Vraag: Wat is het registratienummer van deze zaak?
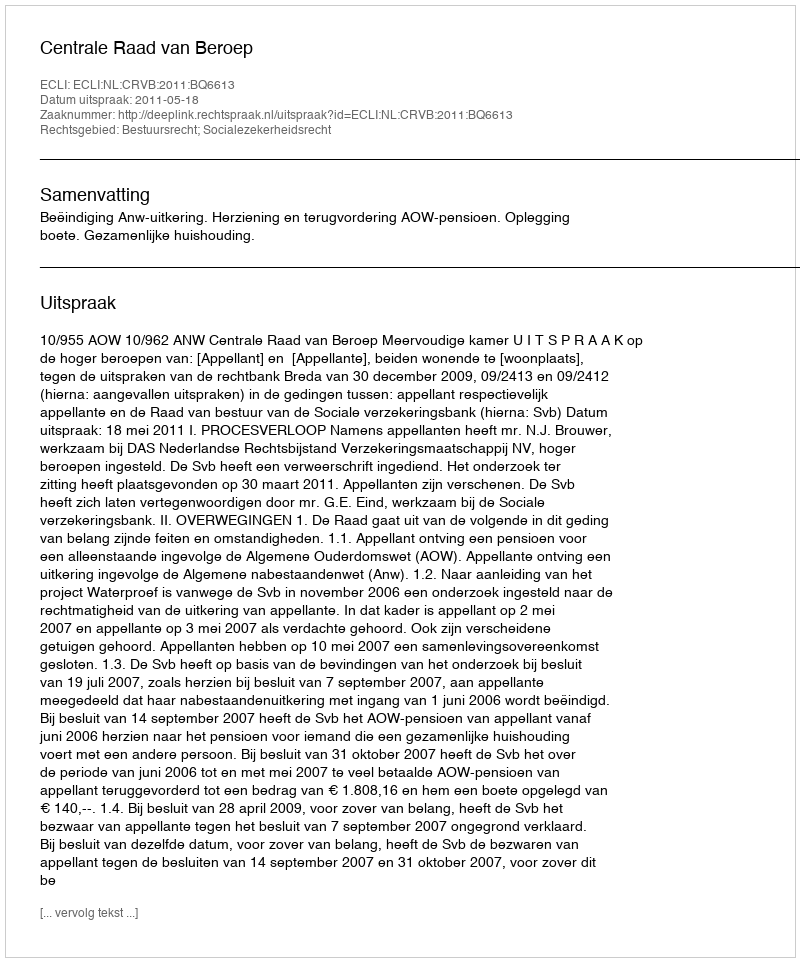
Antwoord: http://deeplink.rechtspraak.nl/uitspraak?id=ECLI:NL:CRVB:2011:BQ6613